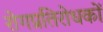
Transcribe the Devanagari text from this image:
रोगप्रतिरोधकों